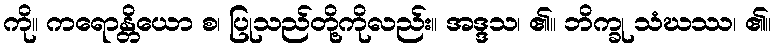
ကို။ ကရောန္တိယော စ၊ ပြုသည်တို့ကိုလည်း။ အဒ္ဒသ၊ ၏။ ဘိက္ခု သံဃဿ၊ ၏။